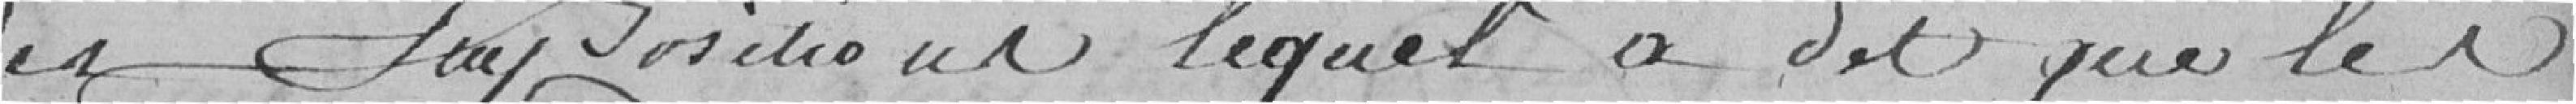
des impositions lequel a dit que les